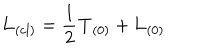
{ \bf L } _ { ( c l ) } = \frac { 1 } { 2 } { \bf T } _ { ( 0 ) } + { \bf L } _ { ( 0 ) }